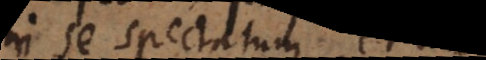
in se spectatum et